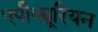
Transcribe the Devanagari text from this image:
एपीक्यूरियन